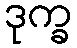
ဒုက္ခ